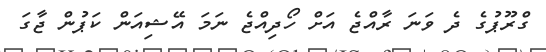
ގްރޫޕުގެ ދެ ވަނަ ރާއްޖެ އަށް ހޯދިއްޖެ ނަމަ އޭޝިއަން ކަޕުން ޖާގަ